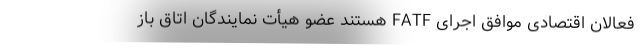
فعالان اقتصادی موافق اجرای FATF هستند عضو هیأت نمایندگان اتاق باز